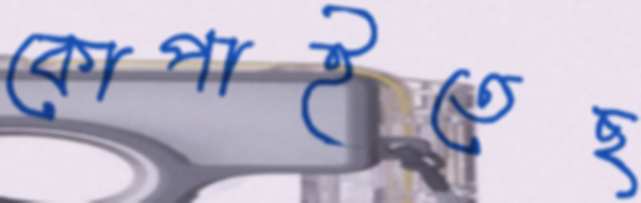
কোপাইতেছ